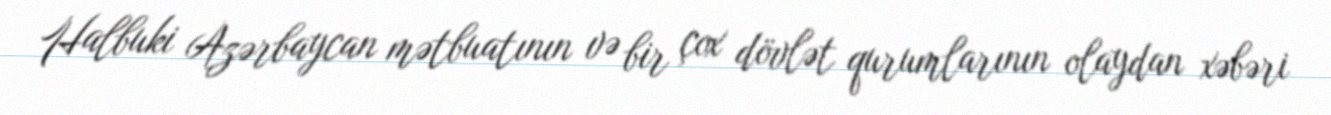
Halbuki Azərbaycan mətbuatının və bir çox dövlət qurumlarının olaydan xəbəri